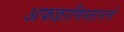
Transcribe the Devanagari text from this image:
अफङाणिस्तानचे